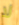
لا